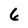
Character: 6